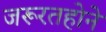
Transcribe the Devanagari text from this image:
जरूरतहोने